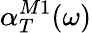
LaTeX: \alpha_{T}^{M1}(\omega)